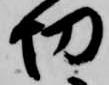
切